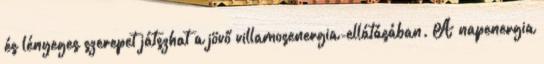
és lényeges szerepet játszhat a jövő villamosenergia-ellátásában. A napenergia